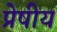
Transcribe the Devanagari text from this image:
प्रेषीय